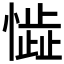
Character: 𱟈